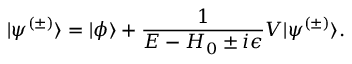
| \psi ^ { ( \pm ) } \rangle = | \phi \rangle + { \frac { 1 } { E - H _ { 0 } \pm i \epsilon } } V | \psi ^ { ( \pm ) } \rangle .